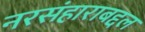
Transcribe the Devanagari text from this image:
नरसंहाराबद्दल